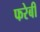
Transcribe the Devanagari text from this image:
फरेबी